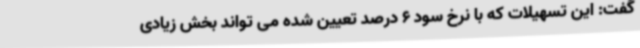
گفت: این تسهیلات که با نرخ سود 6 درصد تعیین شده می تواند بخش زیادی